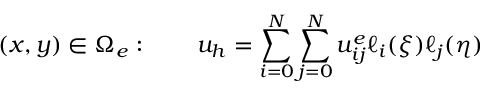
( x , y ) \in \Omega _ { e } : \qquad u _ { h } = \sum _ { i = 0 } ^ { N } \sum _ { j = 0 } ^ { N } u _ { i j } ^ { e } \ell _ { i } ( \xi ) \ell _ { j } ( \eta )